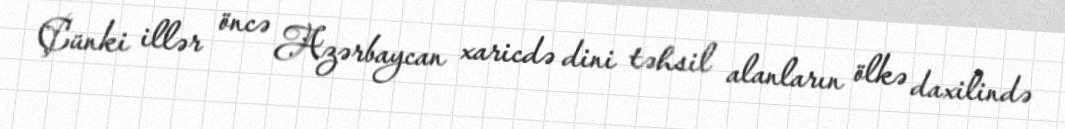
Çünki illər öncə Azərbaycan xaricdə dini təhsil alanların ölkə daxilində